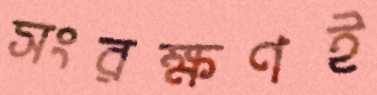
সংরক্ষণই